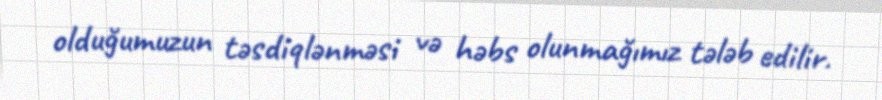
olduğumuzun təsdiqlənməsi və həbs olunmağımız tələb edilir.